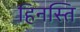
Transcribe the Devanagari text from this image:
हिनस्ति